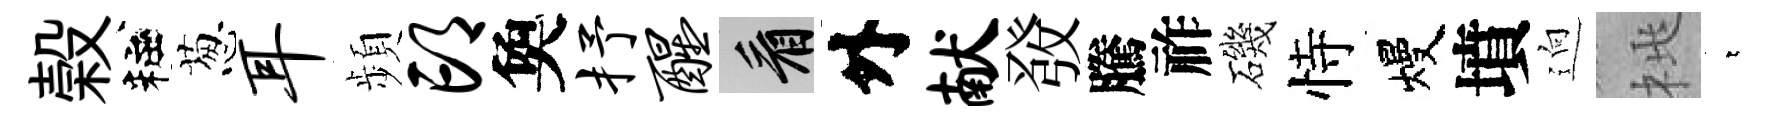
榖粧葱耳頻邙奐抒醒看外献𤼲騰祚磯恃熳墳逈桃萋